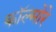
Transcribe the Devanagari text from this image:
कॉल्मोरे